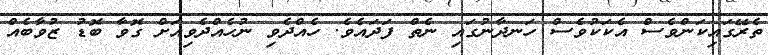
ތެރޭގައިކަންވެސް އެކަކުވެސް ހަނދާނުގައި ނެތް ފަދައެވެ. ހެއްދެވި ނުހެއްދެވިއަށް ގޮވާ ބޮޑު ޒުވާބެއް